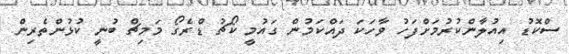
ސްކޮޑު އިއުލާންކުރުމަށްފަހު ވާހަކަ ދައްކަމުން ގައުމީ ކޯޗު ޑްރެގޯ މަމިޗް ބުނީ ކުޅުންތެރިން